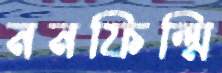
ননফিল্মি